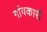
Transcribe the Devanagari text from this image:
गांवकारी